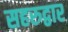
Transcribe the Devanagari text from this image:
सहरुद्वार